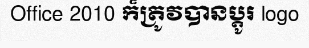
Office 2010 ក៏ត្រូវបានប្តូរ logo